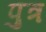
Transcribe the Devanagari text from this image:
प़ुत्र